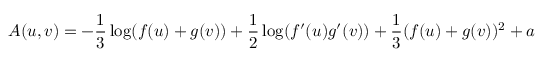
A ( u , v ) = - \frac { 1 } { 3 } \log ( f ( u ) + g ( v ) ) + \frac { 1 } { 2 } \log ( f ^ { \prime } ( u ) g ^ { \prime } ( v ) ) + \frac { 1 } { 3 } ( f ( u ) + g ( v ) ) ^ { 2 } + a